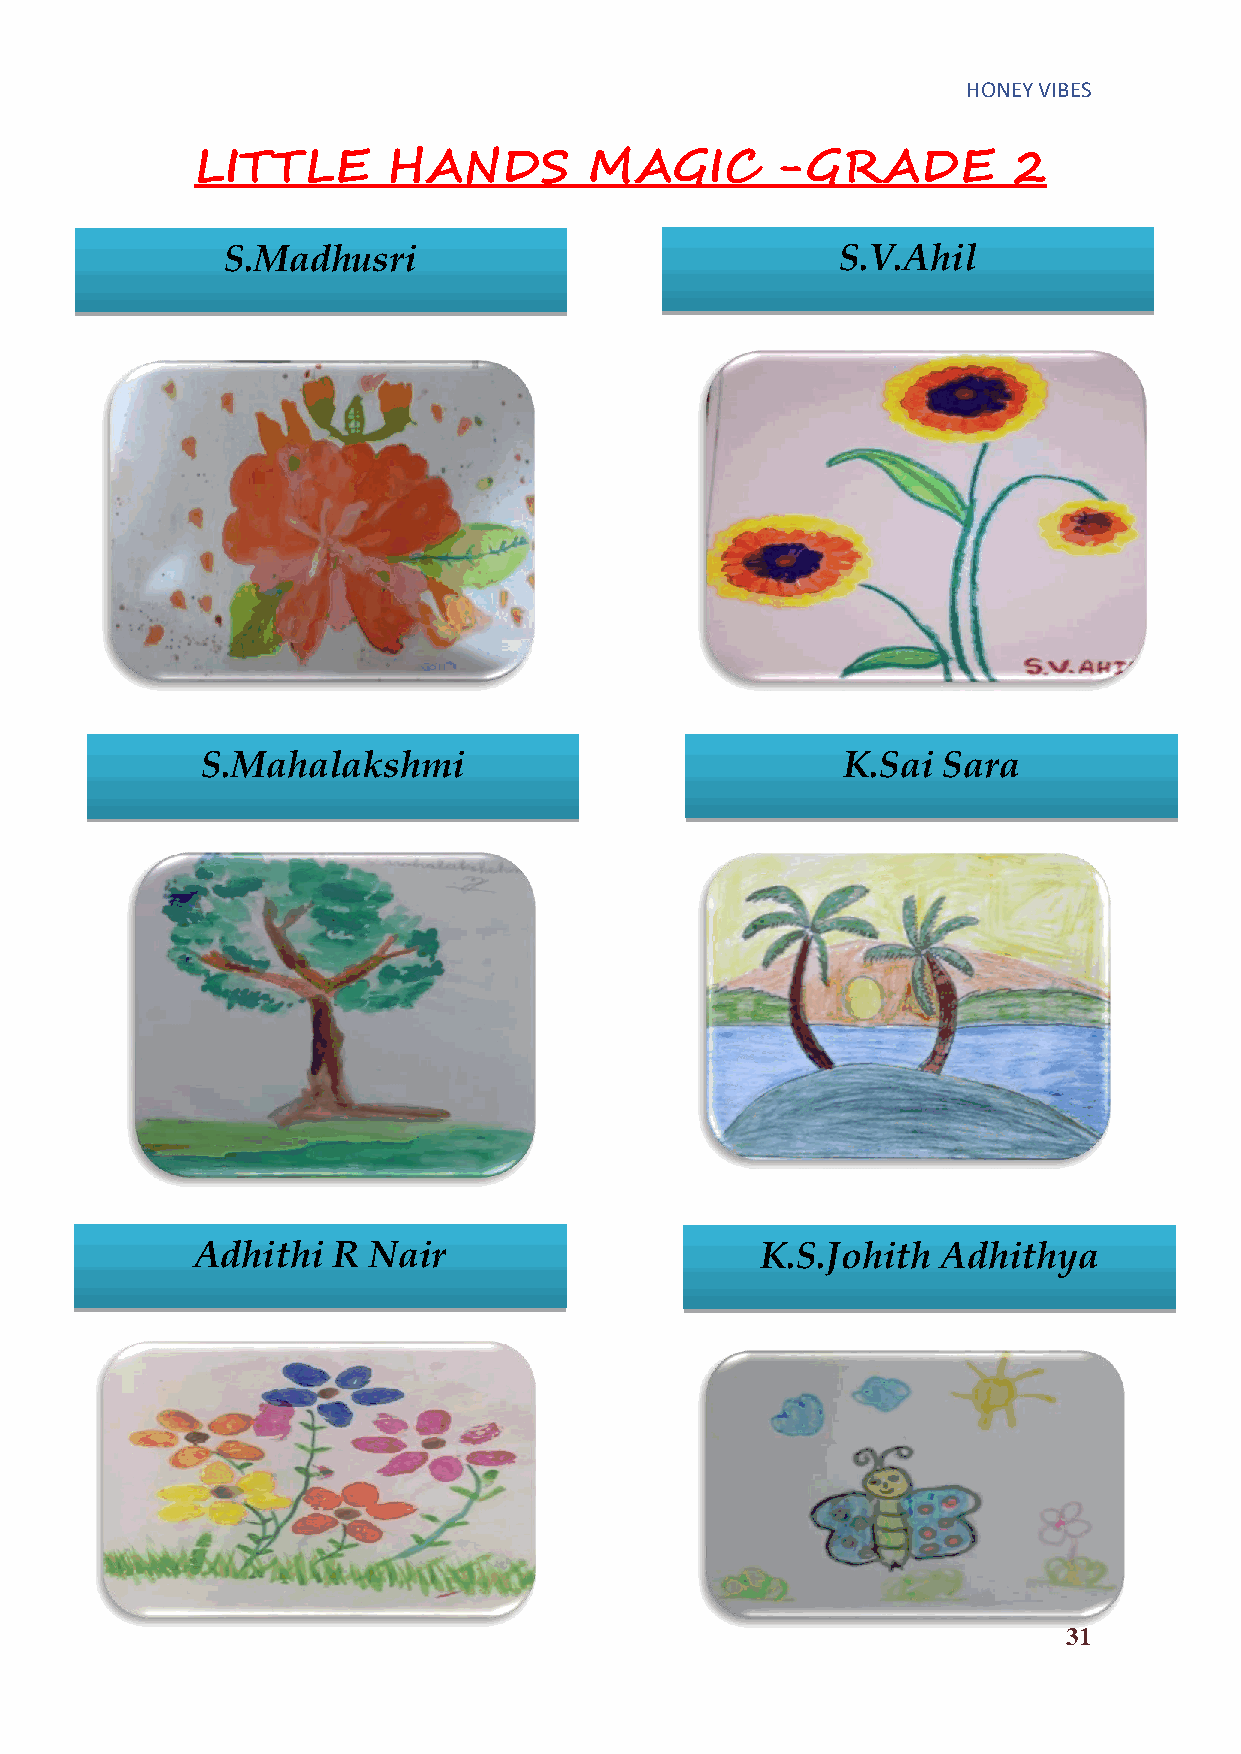
HONEY VIBES
 LITTLE       HANDS        MAGIC       -GRADE          2
 S.Madhusri                               S.V.Ahil
 S.Mahalakshmi                              K.Sai Sara
 Adhithi  R Nair                      K.S.Johith  Adhithya
 31